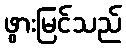
ဖွားမြင်သည်